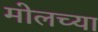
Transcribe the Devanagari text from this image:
मोलच्या